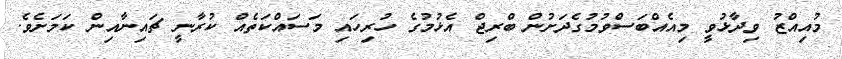
މުއިއްޒު ވިދާޅުވީ މިއެއްބަސްވުމުގެދަށުން ބްރިޖް އެޅުމުގެ ހުރިހައި މަސައްކަތެއް ކުރާނީ ޗައިނާއިން ކަމަށެވެ.